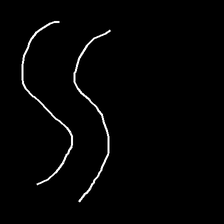
Glyph: float